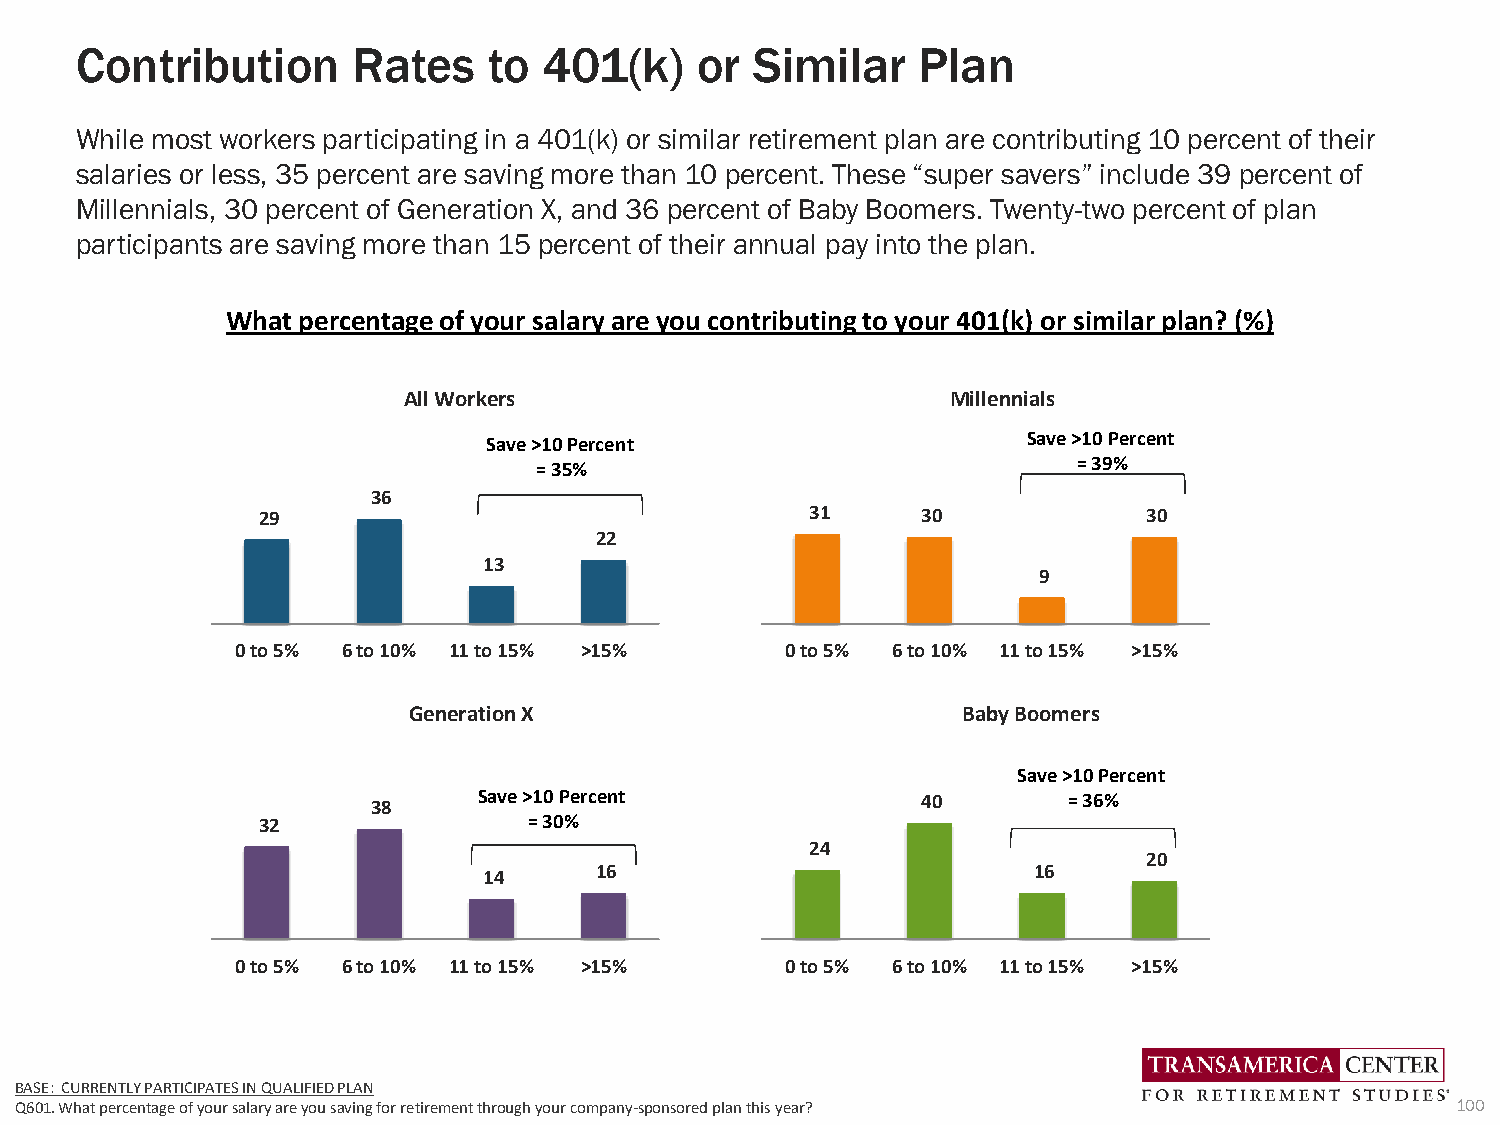
Contribution      Rates    to  401(k)    or  Similar    Plan
 While most workers participating in a 401(k) or similar retirement plan are contributing 10 percent of their
 salaries or less, 35 percent are saving more than 10 percent. These “super savers” include 39 percent of
 Millennials, 30 percent of Generation X, and 36 percent of Baby Boomers. Twenty-two percent of plan
 participants are saving more than 15 percent of their annual pay into the plan.
 What percentage of your salary are you contributing to your 401(k) or similar plan? (%)
 All Workers                         Millennials
 Save >10 Percent                    Save >10 Percent
 = 35%                              = 39%
 36
 29                                   31     30             30
 22
 13
 9
 0 to 5% 6 to 10% 11 to 15% >15%     0 to 5% 6 to 10% 11 to 15% >15%
 Generation X                         Baby Boomers
 Save >10 Percent
 38     Save >10 Percent             40        = 36%
 32                = 30%
 24
 20
 14     16                           16
 0 to 5% 6 to 10% 11 to 15% >15%     0 to 5% 6 to 10% 11 to 15% >15%
 BASE: CURRENTLY PARTICIPATES IN QUALIFIED PLAN
 Q601. What percentage of your salary are you saving for retirement through your company-sponsored plan this year? 100